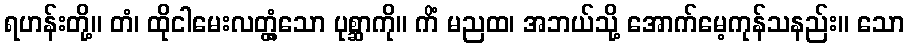
ရဟန်းတို့။ တံ၊ ထိုငါမေးလတ္တံ့သော ပုစ္ဆာကို။ ကိံ မညထ၊ အဘယ်သို့ အောက်မေ့ကုန်သနည်း။ သော